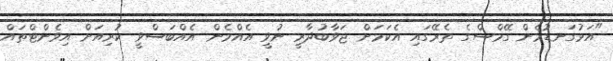
"އަޅުގަނޑުމެން ގޭމްސްގެ ތެރޭގައި އެކަމަށް ޖަވާބުދާރީ ނުވީ އެއްމެން އެއްބަސްވީ ކުރިއަށް އިވެންޓްތައް